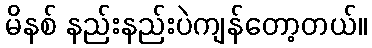
မိနစ် နည်းနည်းပဲကျန်တော့တယ်။